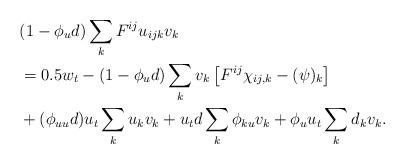
LaTeX: \begin{align*}\begin{aligned}&(1 - \phi_u d) \sum_k F^{ij} u_{ijk} v_k\\&= 0.5 w_t - (1 - \phi_u d) \sum_k v_k \left[ F^{ij}\chi_{ij,k} - (\psi)_k \right]\\& + (\phi_{uu}d) u_t \sum_k u_k v_k + u_t d \sum_k \phi_{ku} v_k + \phi_u u_t \sum_k d_k v_k.\end{aligned}\end{align*}